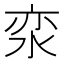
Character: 𰛪